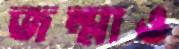
জন্মাও